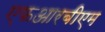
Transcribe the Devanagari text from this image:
एफआरबीएम